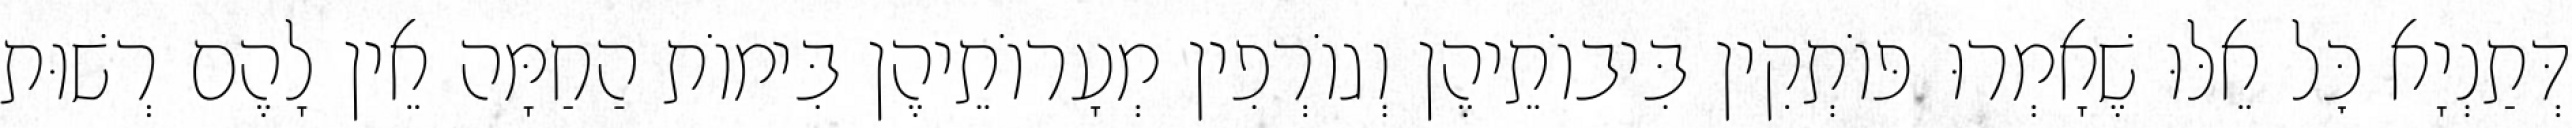
דְּתַנְיָא כׇּל אֵלּוּ שֶׁאָמְרוּ פּוֹתְקִין בִּיבוֹתֵיהֶן וְגוֹרְפִין מְעָרוֹתֵיהֶן בִּימוֹת הַחַמָּה אֵין לָהֶם רְשׁוּת